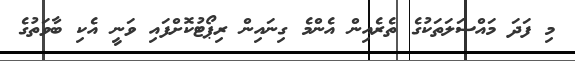
މި ފަދަ މައްސަލަތަކުގެ ތެރެއިން އެންމެ ގިނައިން ރިޕޯޓުކޮށްފައި ވަނީ އެކި ބާވަތުގެ